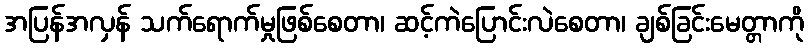
အပြန်အလှန် သက်ရောက်မှုဖြစ်စေတာ၊ ဆင့်ကဲပြောင်းလဲစေတာ၊ ချစ်ခြင်းမေတ္တာကို